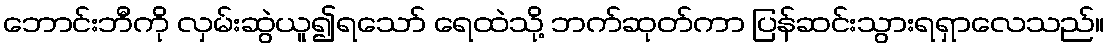
ဘောင်းဘီကို လှမ်းဆွဲယူ၍ရသော် ရေထဲသို့ ဘက်ဆုတ်ကာ ပြန်ဆင်းသွားရရှာလေသည်။